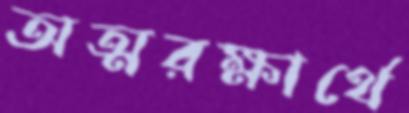
অত্মরক্ষার্থে